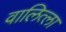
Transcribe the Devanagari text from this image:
वालित्ला